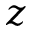
z